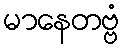
မာနေတဗ္ဗံ